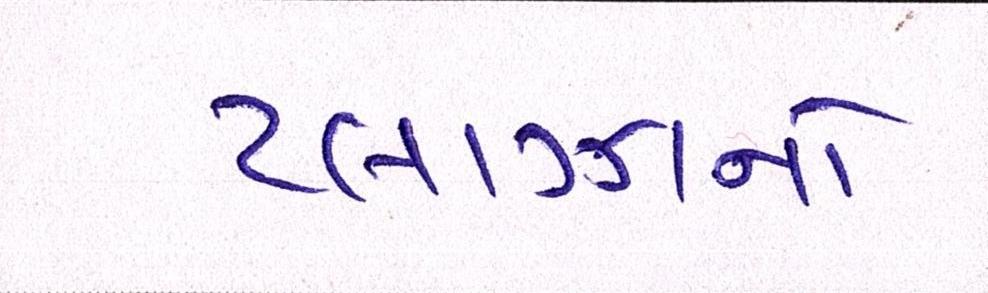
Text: પ્લાઝાનો